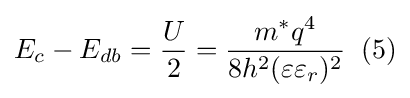
E_{c}-E_{db}={\frac {U}{2}}={\frac {m^{*}q^{4}}{8h^{2}(\varepsilon \varepsilon _{r})^{2}}}\;\;(5)